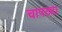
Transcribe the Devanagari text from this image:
चापट्या